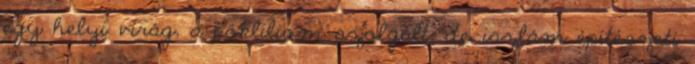
egy helyi virág, a pókliliom szolgált, de iszlám építészeti